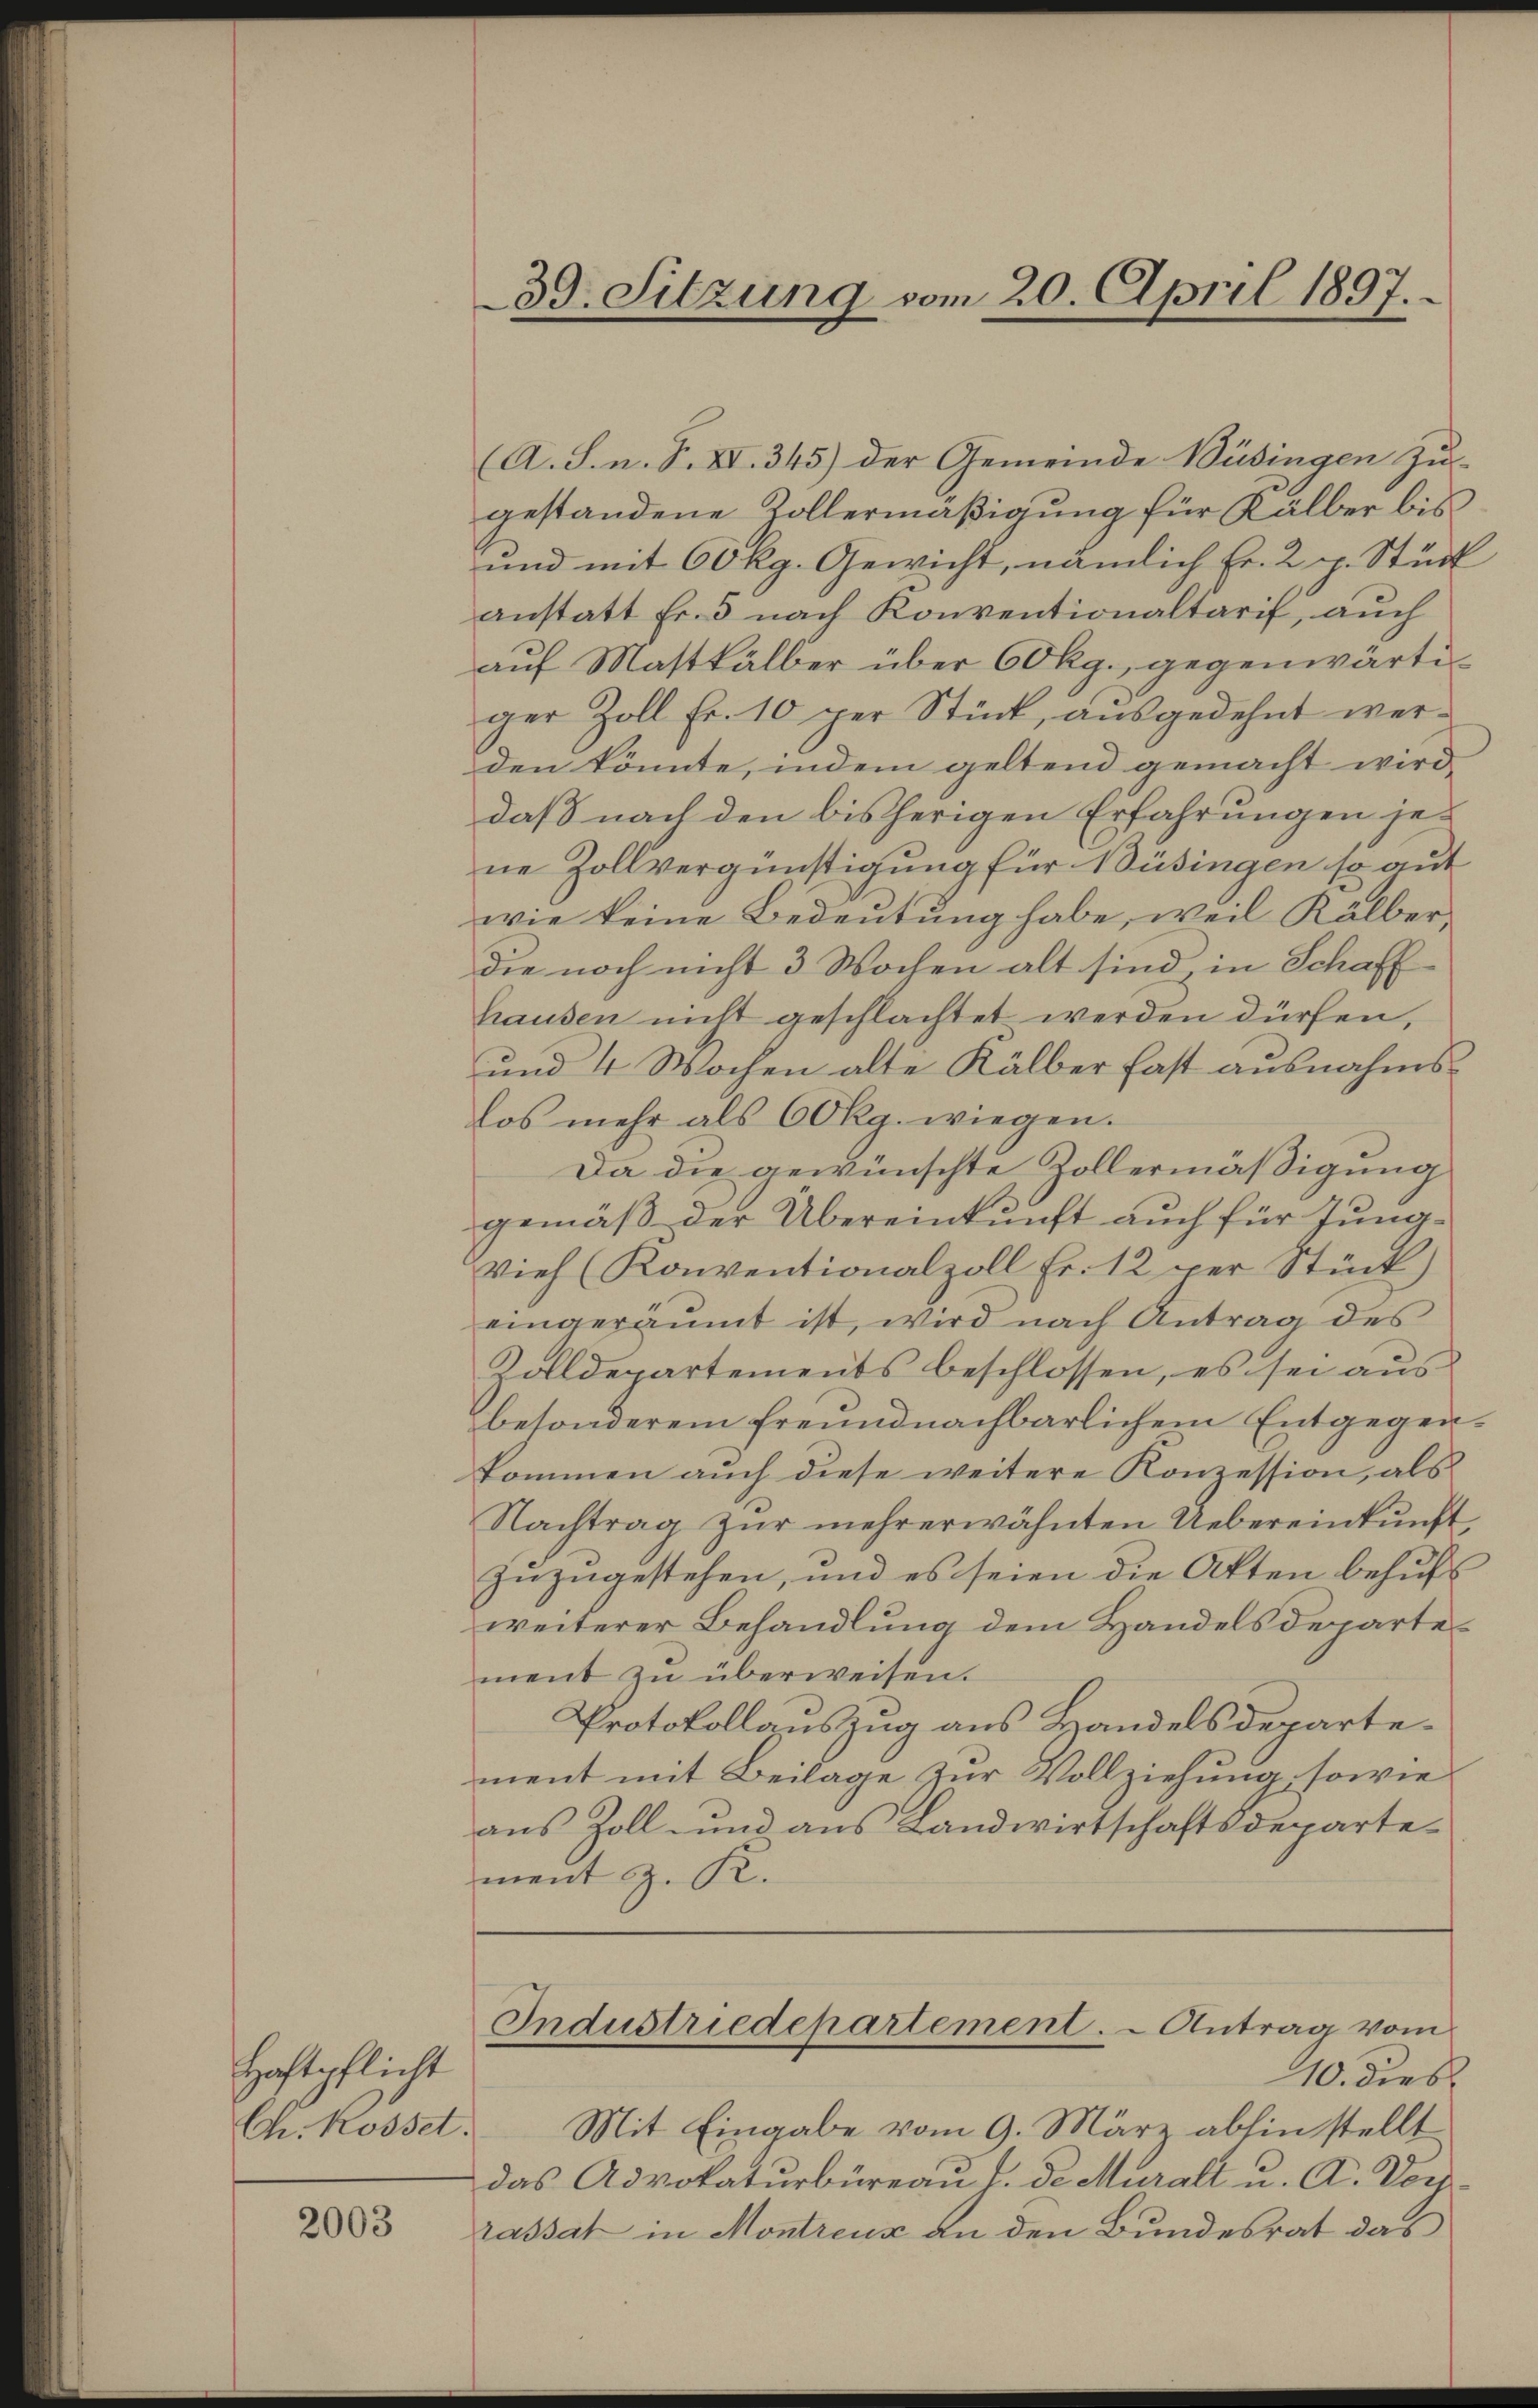
Haftpflicht
Ch. Rosset.

2003

39. Sitzung vom 20. April 1897.

(A. S. n. F. XI. 345) der Gemeinde Büsingen Zu-
gestandene Kollermäßigung für Kälber bis
und mit 60 Rg. Gewicht, nämlich Fr. 2 p. Stück
anstatt Fr. 5 nach Konventionaltaris, auch
auf Mastkälber über 60 kg., gegenwärtiger Zoll Fr. 10 per Stück, ausgedehnt werden könnte, indem geltend gemacht wird.
daß nach den bisherigen Erfahrungen jene Zollvergünstigung für Büsingen so auf
wie keine Bedeutung habe, weil Kälberdie noch nicht 3 Wochen alt sind, in Schaff
hausen nicht geschlachtet werden dürfen,
und 4 Wochen alte Kälber fast ausnahmslos mehr als 60 Rg. wiegen.
Da die gewünschte Zollermäßigung
gemäß der Übereinkunft auch für Jung¬
Vieh (Konventionalzoll Fr. 12 per Stück)
eingeräumt ist, wird nach Antrag des
Zolldepartements beschlossen, es sei aus
besonderem freundnachbarlichem Entgegenkommen auch diese weitere Konzession, als
Nachtrag zŭr mehrerwähnten Uebereinkunft,
zuzugestehen, und es seien die Akten behufs
weiterer Behandlung dem Handelsdepartement zu überweisen.
Protokollauszug aus Handelsdepartement mit Beilage zur Vollziehung, sowie
aus Zoll- und aus Landwirtschaftsdepartement z. R.
Industriedepartement. - Antrag vom
10. dies
Mit Eingabe vom 9. März abhin stellt
das Advokaturbüreau T. de Muralt u. A. Vorh
rassat in Montreux an den Bundesrat das